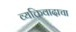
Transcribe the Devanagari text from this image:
व्यक्तिवादाचा